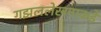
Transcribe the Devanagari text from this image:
गझललेखनाकडे